Civil Veterinary Department Bihar reports 1936-40 - 1936-1940
Year: 1936
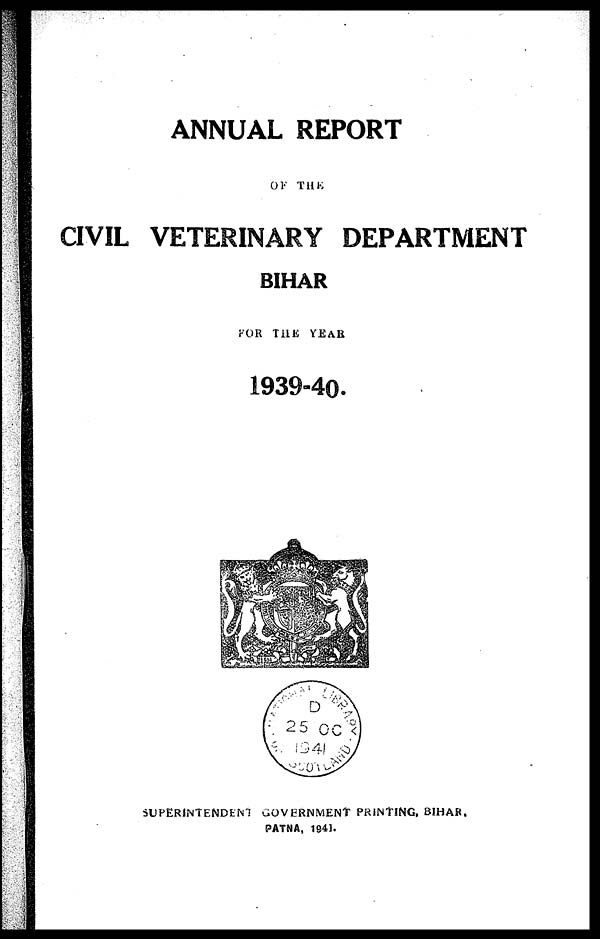
ANNUAL REPORT
OF THE
CIVIL VETERINARY DEPARTMENT
BIHAR
FOR THE YEAR
1939-40.
SUPERINTENDENT GOVERNMENT PRINTING, BIHAR.
PATNA, 1941.